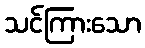
သင်ကြားသော